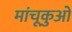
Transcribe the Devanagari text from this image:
मांचूकुओ